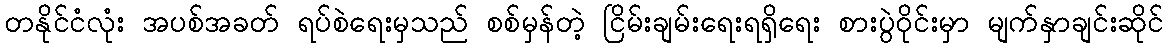
တနိုင်ငံလုံး အပစ်အခတ် ရပ်စဲရေးမှသည် စစ်မှန်တဲ့ ငြိမ်းချမ်းရေးရရှိရေး စားပွဲဝိုင်းမှာ မျက်နှာချင်းဆိုင်